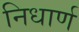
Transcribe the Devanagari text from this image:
निधार्ण